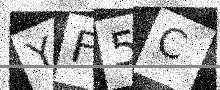
Text: YF5C